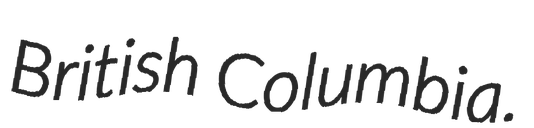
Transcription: British Columbia.